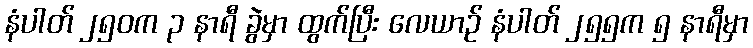
နံပါတ် ၂၅၀က ၃ နာရီ ခွဲမှာ ထွက်ပြီး လေယာဉ် နံပါတ် ၂၅၅က ၅ နာရီမှာ